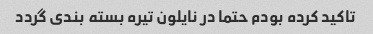
تاکید کرده بودم حتما در نایلون تیره بسته بندی گردد